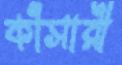
কাঁসারী